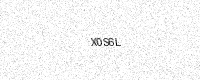
Text: X0S6L